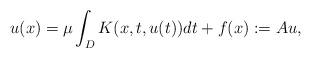
LaTeX: \begin{align*} u(x)=\mu \int_D K(x,t,u(t))dt+f(x):=Au,\end{align*}